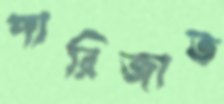
পারিজাত